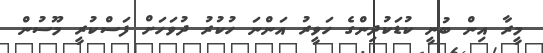
މީރާ އިން ބުނީ ކުޑަކުދިންގެ ހަވީރު އަންނަ ހުކުރު ދުވަހަށް ފަސްކުރީ މޫސުން